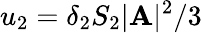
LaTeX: u_{2}=\delta_{2}S_{2}|{\mathbf A}|^{2}/3